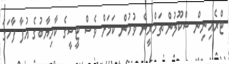
ޓްރެއިނިން ސްކޫލުން ތަމްރީން ވުމުން ކަމަށް ވެސް ޓީސީގެ ކާމިޔާބުގެ އުފާ ފާހަގަ